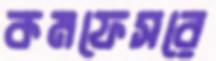
কমফেসরে